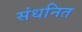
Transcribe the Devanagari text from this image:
संधनित